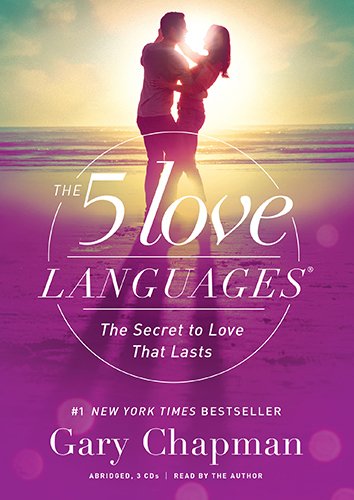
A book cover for The 5 Love Languages Audio CD: The Secret to Love That Lasts; Gary D Chapman; Parenting & Relationships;